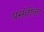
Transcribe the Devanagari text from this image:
पसंतीला